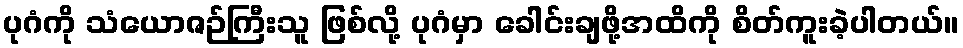
ပုဂံကို သံယောဇဉ်ကြီးသူ ဖြစ်လို့ ပုဂံမှာ ခေါင်းချဖို့အထိကို စိတ်ကူးခဲ့ပါတယ်။